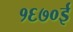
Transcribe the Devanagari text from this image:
१६७०ई